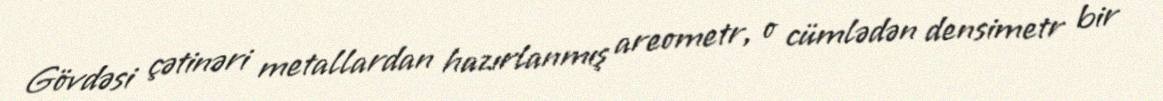
Gövdəsi çətinəri metallardan hazırlanmış areometr, o cümlədən densimetr bir